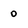
Character: 0